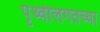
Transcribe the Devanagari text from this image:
पृथ्वीलगतच्या